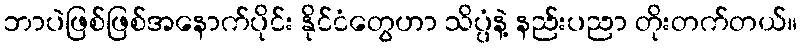
ဘာပဲဖြစ်ဖြစ်အနောက်ပိုင်း နိုင်ငံတွေဟာ သိပ္ပံနဲ့ နည်းပညာ တိုးတက်တယ်။